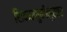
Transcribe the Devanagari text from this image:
शिकवणुकीनुसार